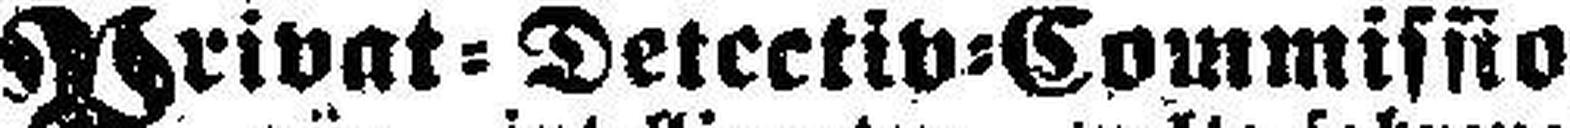
Privat=Detectiv=Commissio¬